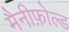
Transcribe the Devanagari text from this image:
मैनीफ़ोल्ड